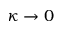
\kappa \rightarrow 0